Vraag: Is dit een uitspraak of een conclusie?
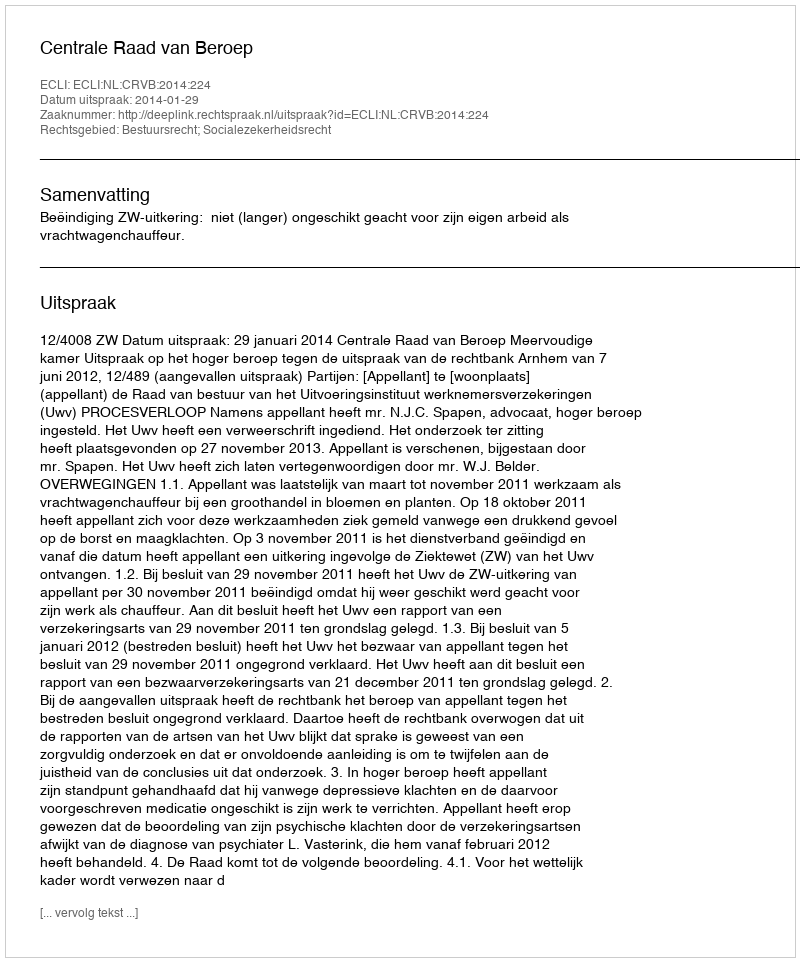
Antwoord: Uitspraak